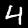
Digit: 4